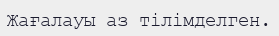
Жағалауы аз тілімделген.